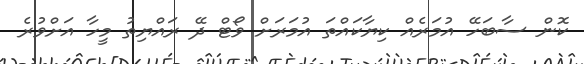
ކޮން ސާބަހޭ އުމަރެއް ކިޔާކައްތަ އުމަރަށް ވޯޓް ދޭ ރައްޔިތު މީހާ އަށްވުރެ